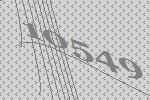
10549